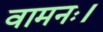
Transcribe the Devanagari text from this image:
वामनः।